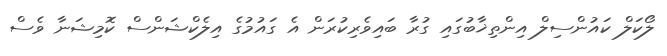
ލޯކަލް ކައުންސިލް އިންތިޚާބުގައި ގުރާ ބައިވެރިކުރަން އެ ގައުމުގެ އިލެކްޝަންސް ކޮމިޝަނާ ވެސް